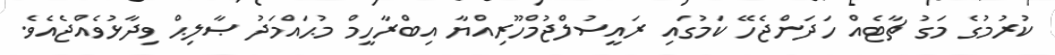
ކުރުމުގެ މަގު ޗާޓެއް ހަދަންޖެހޭ ކަމުގައި ރައީސުލްޖުމްހޫރިއްޔާ އިބްރާހީމް މުޙައްމަދު ޞާލިޙް ވިދާޅުވެއްޖެއެވެ.